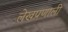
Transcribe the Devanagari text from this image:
लेखप्रणाली